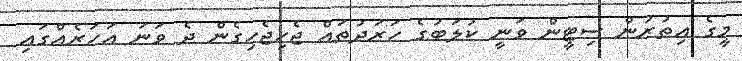
މީގެ އިތުރުން ސިޓީން ވަނީ ކުލަބުގެ ހަރަދުތައް ޖެހިޖެހިގެން ދެ ވަނަ އަހަރެއްގައި